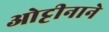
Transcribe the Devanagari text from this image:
ओट्टीनाने